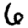
Digit: 6